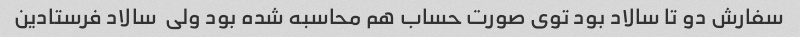
سفارش دو تا سالاد بود توی صورت حساب هم محاسبه شده بود ولی  سالاد فرستادین